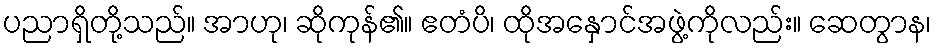
ပညာရှိတို့သည်။ အာဟု၊ ဆိုကုန်၏။ ဧတံပိ၊ ထိုအနှောင်အဖွဲ့ကိုလည်း။ ဆေတွာန၊